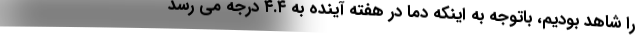
را شاهد بودیم، باتوجه به اینکه دما در هفته آینده به ۴.۴ درجه می رسد